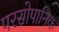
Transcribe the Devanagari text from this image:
परसोपानिक